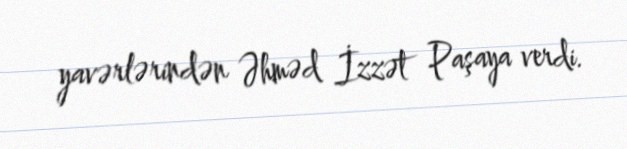
yavərlərindən Əhməd İzzət Paşaya verdi.